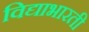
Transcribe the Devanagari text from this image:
विद्याभारती